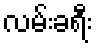
လမ်းခရီး